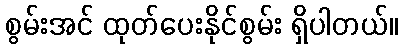
စွမ်းအင် ထုတ်ပေးနိုင်စွမ်း ရှိပါတယ်။